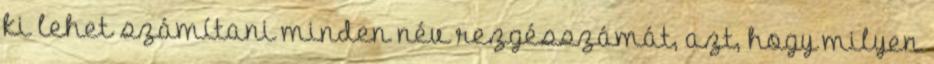
ki lehet számítani minden név rezgésszámát, azt, hogy milyen